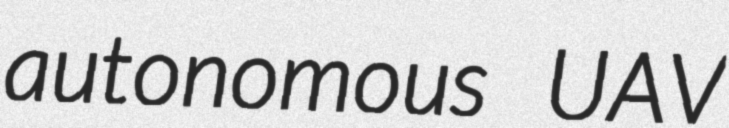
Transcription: autonomous UAV